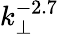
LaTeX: k_{\perp}^{-2.7}